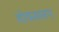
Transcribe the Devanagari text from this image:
शोकस्वरूप